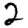
Digit: 2